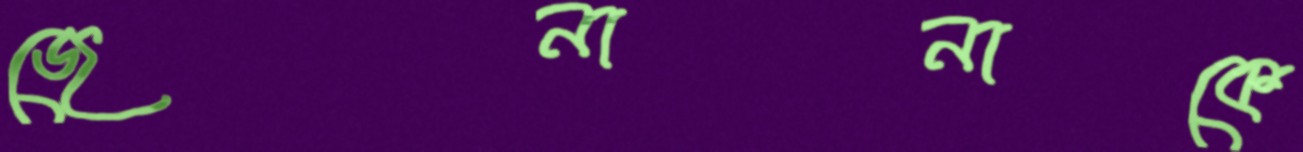
জেনানাকে